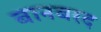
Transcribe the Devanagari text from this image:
बानबरद